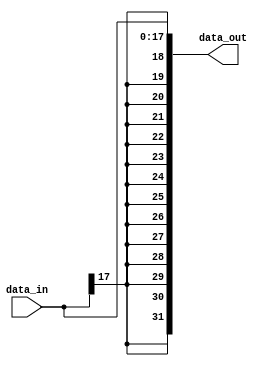
module S_Ext18(
    input [17:0] data_in,       
    output [31:0] data_out
    );
    assign data_out = {{14{data_in[17]}},data_in};
endmodule